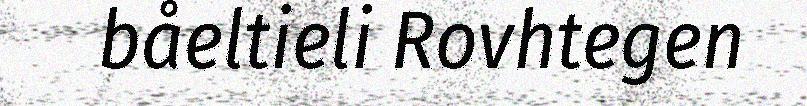
båeltieli Rovhtegen